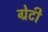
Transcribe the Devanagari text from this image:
ग्रेटी